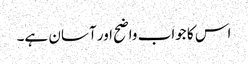
اس کا جواب واضح اور آسان ہے۔